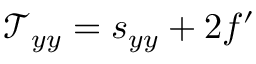
\mathcal { T } _ { y y } = s _ { y y } + 2 f ^ { \prime }